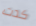
كدت